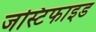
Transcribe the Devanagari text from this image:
जस्टिफाइड